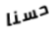
حسنا